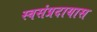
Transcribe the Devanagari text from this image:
स्वसंप्रदायास